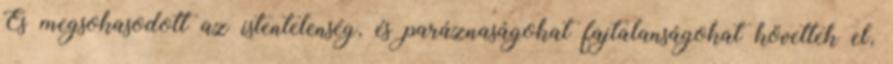
És megsokasodott az istentelenség, és paráznaságokat fajtalanságokat követtek el,